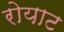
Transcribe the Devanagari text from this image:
रोयाट